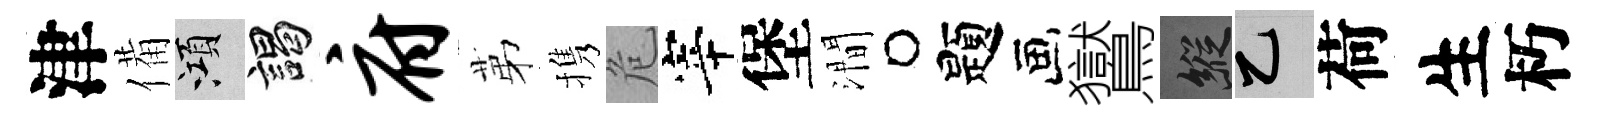
津備澒謁府苐携危宰堡澗题鸑縱乙荷生朽